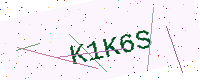
Text: K1K6S